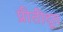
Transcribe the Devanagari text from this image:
प्रीतीदूत